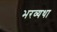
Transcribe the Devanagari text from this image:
भरव्यथा